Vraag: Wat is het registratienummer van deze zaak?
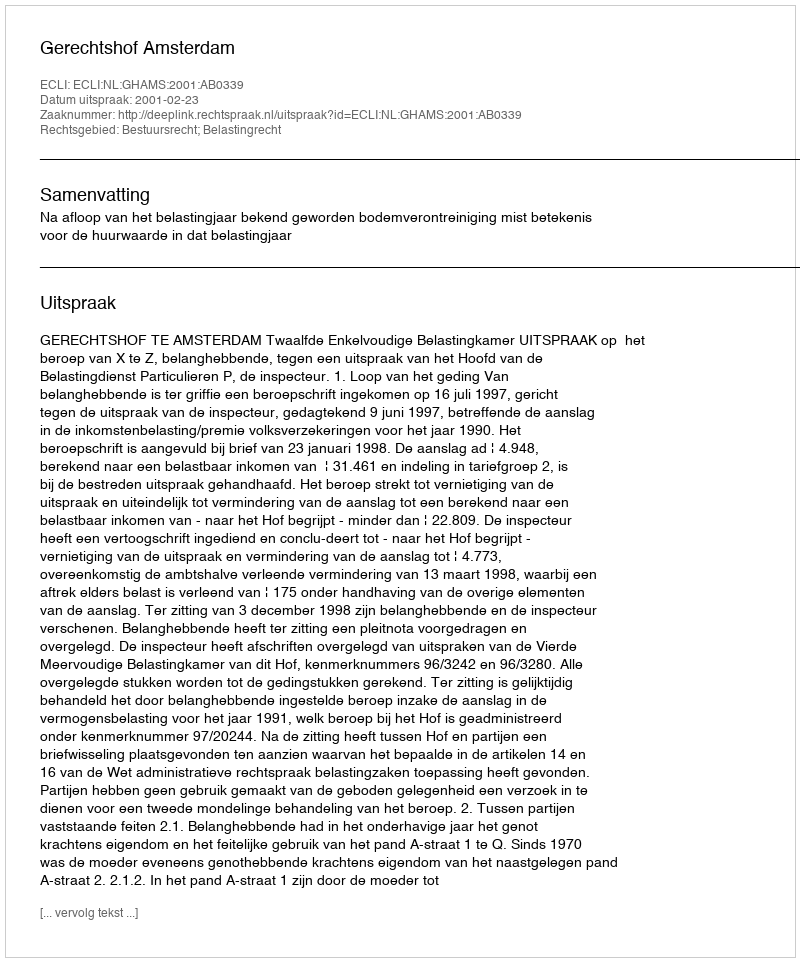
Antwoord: http://deeplink.rechtspraak.nl/uitspraak?id=ECLI:NL:GHAMS:2001:AB0339